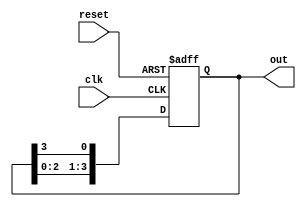
module ring_counter #(parameter N = 4) (
    input wire clk,          // Clock input
    input wire reset,        // Asynchronous reset
    output reg [N-1:0] out   // Output state of the ring counter
);

    // Initial state for the ring counter
    initial begin
        out = 1'b1; // Start with the first flip-flop set to '1'
    end

    // Always block for synchronous operation
    always @(posedge clk or posedge reset) begin
        if (reset) begin
            out <= 1'b1; // Reset to initial state
        end else begin
            // Shift the '1' to the right
            out <= {out[N-2:0], out[N-1]}; // Rotate the bits
        end
    end

endmodule